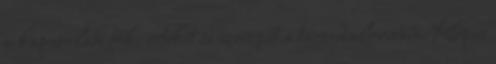
a kapcsolati tőke értékét és szerepét a társadalomban. Képes